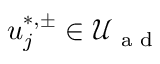
u _ { j } ^ { * , \pm } \in \mathcal { U } _ { \textrm { a d } }